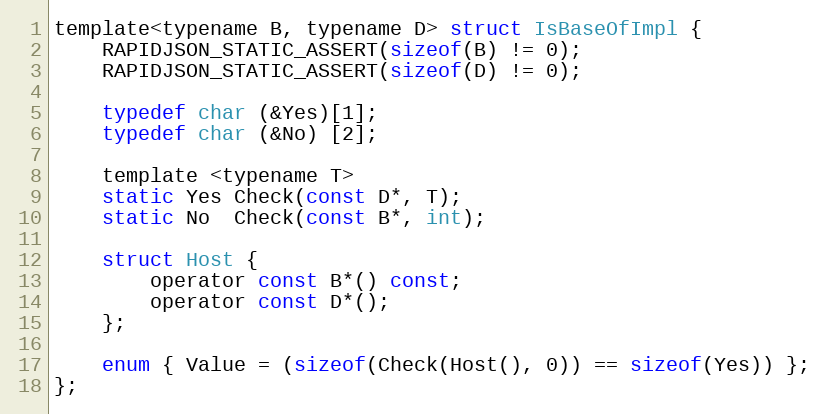
Language: C
template<typename B, typename D> struct IsBaseOfImpl {
    RAPIDJSON_STATIC_ASSERT(sizeof(B) != 0);
    RAPIDJSON_STATIC_ASSERT(sizeof(D) != 0);

    typedef char (&Yes)[1];
    typedef char (&No) [2];

    template <typename T>
    static Yes Check(const D*, T);
    static No  Check(const B*, int);

    struct Host {
        operator const B*() const;
        operator const D*();
    };

    enum { Value = (sizeof(Check(Host(), 0)) == sizeof(Yes)) };
};